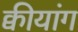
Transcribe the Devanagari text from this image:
क्वीयांग